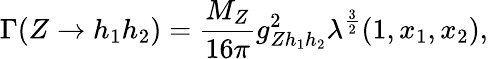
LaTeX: \Gamma(Z\rightarrow h_{1}h_{2})={\frac{M_{Z}}{16\pi}}g_{Zh_{1}h_{2}}^{2}\lambda^{\frac{3}{2}}(1,x_{1},x_{2}),